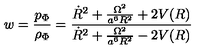
w = \frac { p _ { \Phi } } { \rho _ { \Phi } } = \frac { \dot { R } ^ { 2 } + \frac { \Omega ^ { 2 } } { a ^ { 6 } R ^ { 2 } } + 2 V ( R ) } { \dot { R } ^ { 2 } + \frac { \Omega ^ { 2 } } { a ^ { 6 } R ^ { 2 } } - 2 V ( R ) }